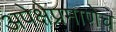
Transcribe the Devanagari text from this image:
अपेक्षेप्रमाणेच